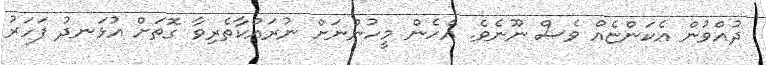
ދުއްވުން އެކަންޏެއް ވެސް ނޫނެވެ. އެހެން މީހުންނަށް ނުރައްކާތެރިވާ ގޮތަށް އުޅަނދު ފަހަރު